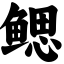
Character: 鳃